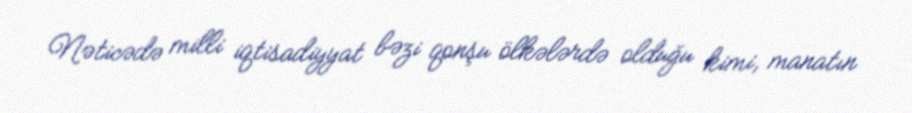
Nəticədə milli iqtisadiyyat bəzi qonşu ölkələrdə olduğu kimi, manatın